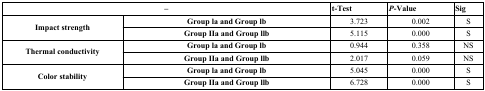
<table><thead><tr><td colspan="2"><b>–</b></td><td><b>t-Test</b></td><td><b><i>P</i>-Value</b></td><td><b>Sig</b></td></tr></thead><tbody><tr><td rowspan="2"><b>Impact strength</b></td><td><b>Group la and Group lb</b></td><td>3.723</td><td>0.002</td><td>S</td></tr><tr><td><b>Group IIa and Group llb</b></td><td>5.115</td><td>0.000</td><td>S</td></tr><tr><td rowspan="2"><b>Thermal conductivity</b></td><td><b>Group la and Group lb</b></td><td>0.944</td><td>0.358</td><td>NS</td></tr><tr><td><b>Group IIa and Group llb</b></td><td>2.017</td><td>0.059</td><td>NS</td></tr><tr><td rowspan="2"><b>Color stability</b></td><td><b>Group la and Group lb</b></td><td>5.045</td><td>0.000</td><td>S</td></tr><tr><td><b>Group IIa and Group llb</b></td><td>6.728</td><td>0.000</td><td>S</td></tr></tbody></table>